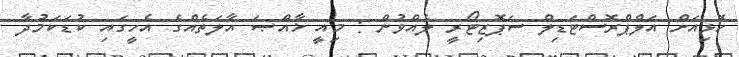
ހޮޅިއަށް އަލްޕްރޮސްޓަޑިލް ސަޕޮޒިޓޯރީ ލެއްވުން : މިއީ ޚާއްޞަ އާލަތެއްގެ އެހީގައި ކުޑަކަމުދާ